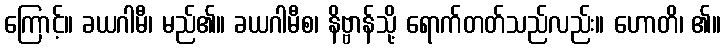
ကြောင့်။ ခယဂါမီ၊ မည်၏။ ခယဂါမီစ၊ နိဗ္ဗာန်သို့ ရောက်တတ်သည်လည်း။ ဟောတိ၊ ၏။